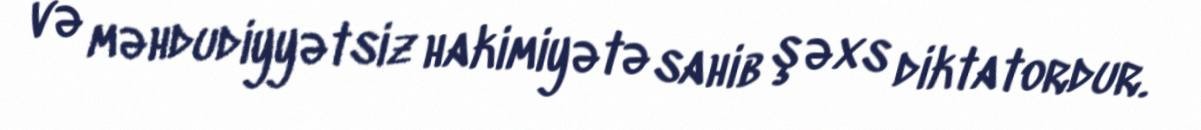
və məhdudiyyətsiz hakimiyətə sahib şəxs diktatordur.